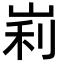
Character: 峲